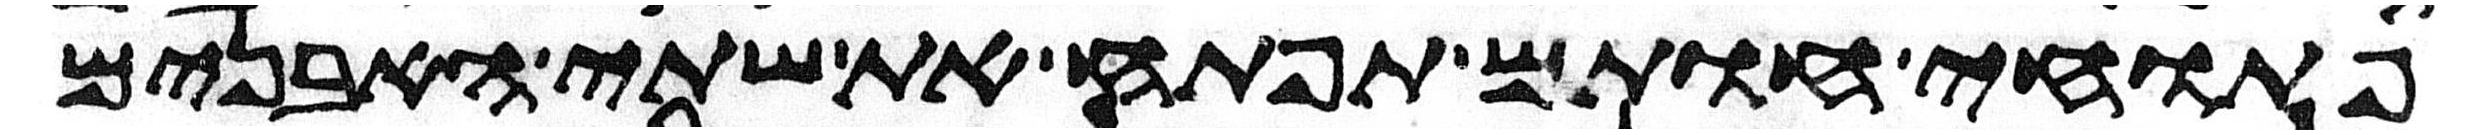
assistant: פתוחי חותם תפתח את שתי האבנים